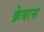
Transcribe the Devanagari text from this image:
क्रेबास